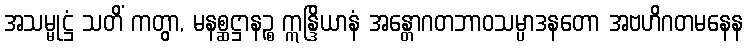
အသမ္မုဋ္ဌံ သတိံ ကတွာ, မနစ္ဆဋ္ဌာနဉ္စ ဣန္ဒြိယာနံ အန္တောဂတဘာဝသမ္ပာဒနတော အဗဟိဂတမနေန